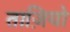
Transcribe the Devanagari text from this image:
ताज़ियो